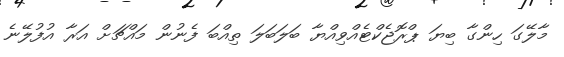
މާލޭގަ ހިންގާ ބިޔަ ޕްރޮޖެކްޓެއްވިއްޔާ ބަލަބަލަ ތިއްބަ ފެނުން މައްޗަށް އަރާ އުފުލޭނެ